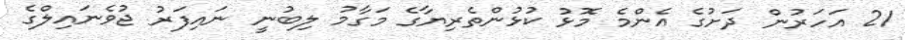
21 އަހަރުން ދަށުގެ އެންމެ މޮޅު ކުޅުންތެރިޔާގެ މަގާމު ލިބުނީ ނައިފަރު ޖުވެނައިލްގެ